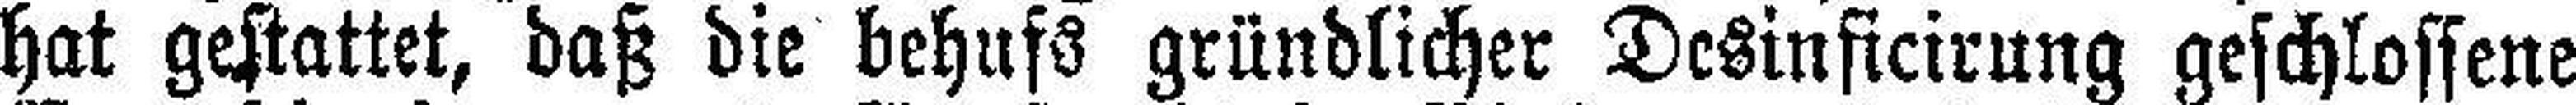
hat gestattet, daß die behufs gründlicher Desinficirung geschlossene